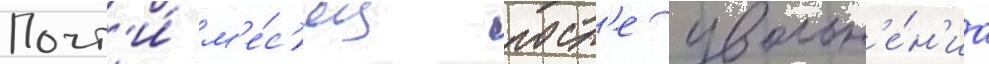
Почт'и́ м'е́с'яц посл'е увольн'е́н'иа